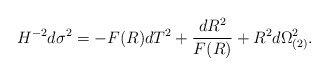
\begin{align*}H^{-2} d\sigma^2= - F(R) dT^2+{dR^2 \over F(R)}+R^2 d\Omega_{(2)}^2.\end{align*}